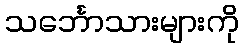
သင်္ဘောသားများကို